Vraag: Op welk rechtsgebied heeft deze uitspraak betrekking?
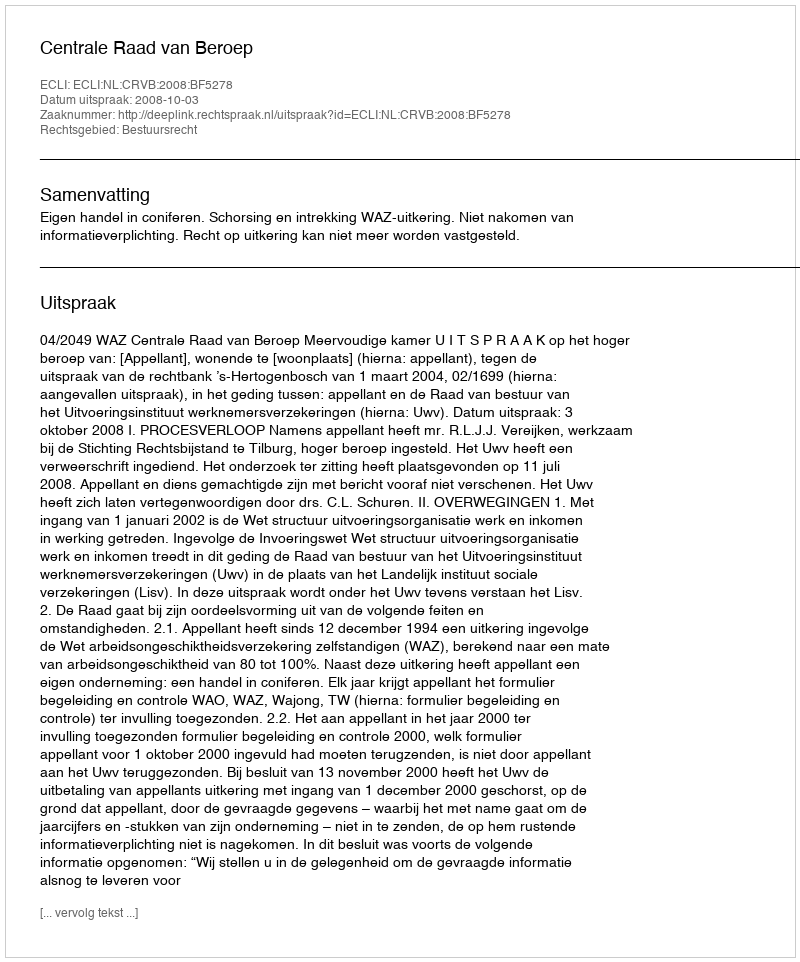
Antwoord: Bestuursrecht